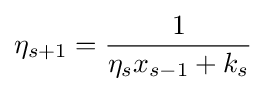
\eta _{s+1}={\frac {1}{\eta _{s}x_{s-1}+k_{s}}}